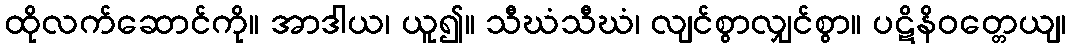
ထိုလက်ဆောင်ကို။ အာဒါယ၊ ယူ၍။ သီဃံသီဃံ၊ လျင်စွာလျှင်စွာ။ ပဋိနိဝတ္တေယျ၊